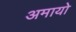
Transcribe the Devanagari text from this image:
अमायो